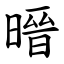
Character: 㬐